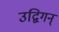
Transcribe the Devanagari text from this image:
उद्विगन्